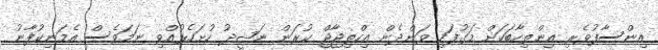
އިންސާފުވެރި އިންތިހާބަކަށް މަގުފަހި ވަންދެން އިހްތިޖާޖް ކުރަން ނަޝީދު ހުށަހެޅުއްވި ނަމަވެސް އެމަނިކުފާނު